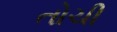
તોચી